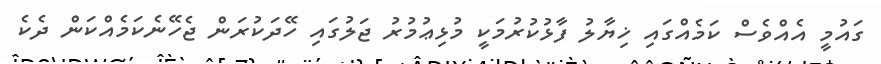
ގައުމީ އެއްވެސް ކަމެއްގައި ޚިޔާލު ފާޅުކުރުމަކީ މުޅިޢުމުރު ޖަލުގައި ހޭދަކުރަން ޖެހޭނެކަމެއްކަން ދެކެ